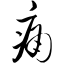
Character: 痛